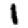
Digit: 1